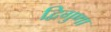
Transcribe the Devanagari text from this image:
द्विगुणा